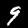
Label: 9